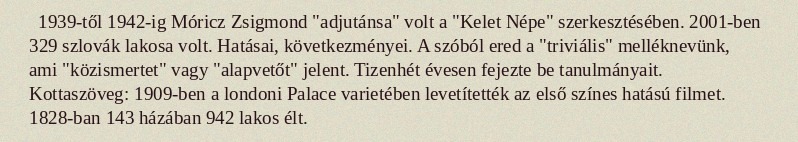
1939-től 1942-ig Móricz Zsigmond "adjutánsa" volt a "Kelet Népe" szerkesztésében. 2001-ben 329 szlovák lakosa volt. Hatásai, következményei. A szóból ered a "triviális" melléknevünk, ami "közismertet" vagy "alapvetőt" jelent. Tizenhét évesen fejezte be tanulmányait. Kottaszöveg: 1909-ben a londoni Palace varietében levetítették az első színes hatású filmet. 1828-ban 143 házában 942 lakos élt.